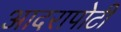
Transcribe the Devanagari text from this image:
आदरापोटी